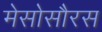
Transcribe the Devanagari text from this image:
मेसोसौरस